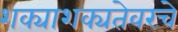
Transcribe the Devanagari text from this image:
शक्याशक्यतेवरचे